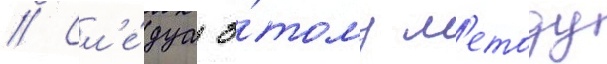
// Сл'е́дуа э́тому м'етоду